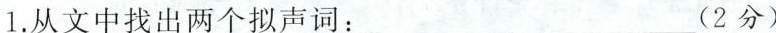
1.从文中找出两个拟声词：___(2分)